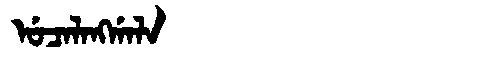
Manchu: ᡠᠴᠠᠯᠠᠩᡤᠠᠯᠠ
Romanization: UCALANGGALA